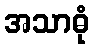
အသာဓုံ